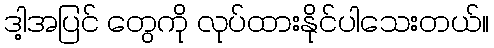
ဒါ့အပြင် တွေကို လုပ်ထားနိုင်ပါသေးတယ်။